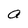
Character: a